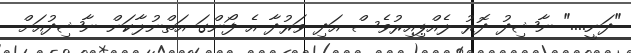
"ދަނީ...." ނާޝިދު ދޮރު ލެއްޕިއިރުވެސް އަދި ވަރުދާ އެ ފޯންގަ އަތްނުލާކަން ނާޝިދުއަށް